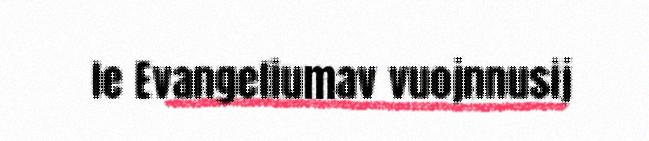
le Evangeliumav vuojnnusij